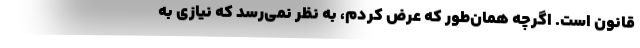
قانون است. اگرچه همان‌طور که عرض کردم، به نظر نمی‌رسد که نیازی به